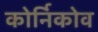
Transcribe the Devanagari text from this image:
कोर्निकोव